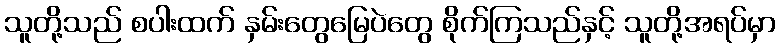
သူတို့သည် စပါးထက် နှမ်းတွေမြေပဲတွေ စိုက်ကြသည်နှင့် သူတို့အရပ်မှာ